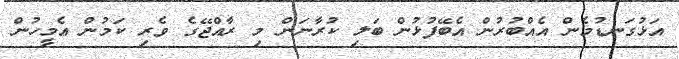
އަޅުގަނޑުމެން އެއްބުރުން އެބޭފުޅުން ބަލި ކުރާނަން މި ރާއްޖޭގެ ވެރި ކަމުން އެމީހުން